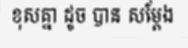
ខុសគ្នា ដូច បាន សម្តែង